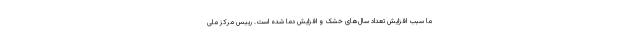
ما سبب افزایش تعداد سال‌های خشک و افزایش دما شده است. رییس مرکز ملی